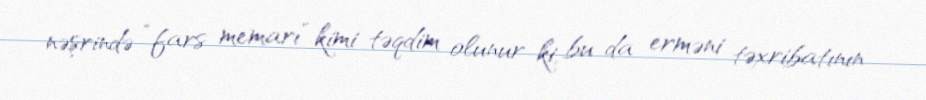
nəşrində “fars memarı” kimi təqdim olunur ki, bu da erməni təxribatının